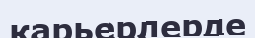
карьерлерде